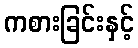
ကစားခြင်းနှင့်